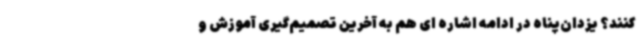
کنند؟ یزدان‌پناه در ادامه اشاره ای هم به آخرین تصمیم‌گیری آموزش و